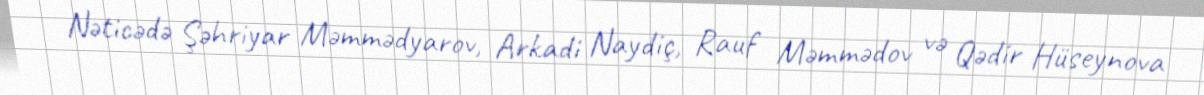
Nəticədə Şəhriyar Məmmədyarov, Arkadi Naydiç, Rauf Məmmədov və Qədir Hüseynova